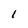
Character: l